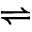
\rightleftharpoons